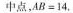
中点，$$A B = 1 4$$.